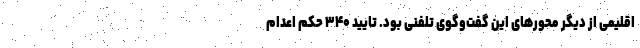
اقلیمی از دیگر محورهای این گفت‌وگوی تلفنی بود. تایید ۳۴۰ حکم اعدام